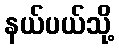
နယ်ပယ်သို့